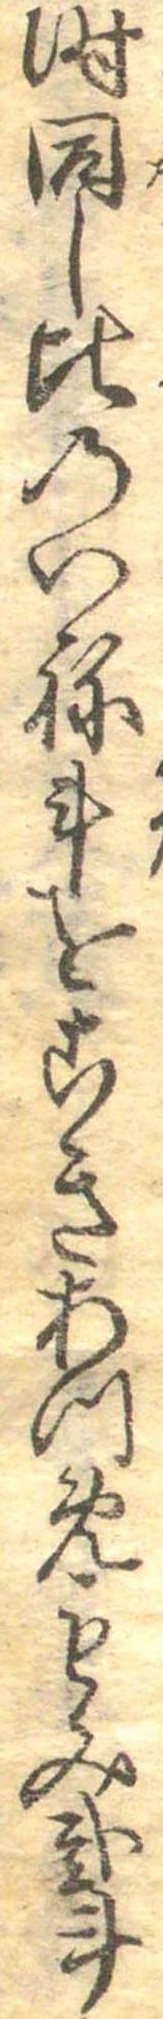
時同し比のいね斗をこきあつめもみ弐斗